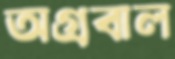
অগ্রবাল